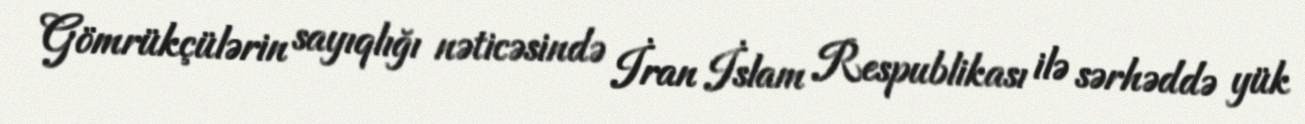
Gömrükçülərin sayıqlığı nəticəsində İran İslam Respublikası ilə sərhəddə yük